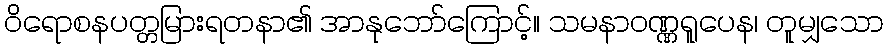
ဝိရောစနပတ္တမြားရတနာ၏ အာနုဘော်ကြောင့်။ သမနာဝဏ္ဏရူပေန၊ တူမျှသော